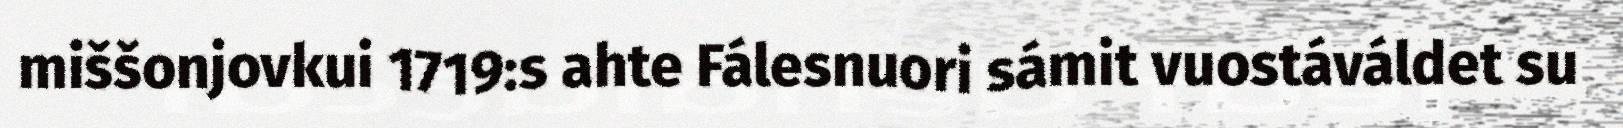
miššonjovkui 1719:s ahte Fálesnuori sámit vuostáváldet su